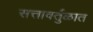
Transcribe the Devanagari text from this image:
सत्तावर्तुळात